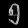
Digit: ၅